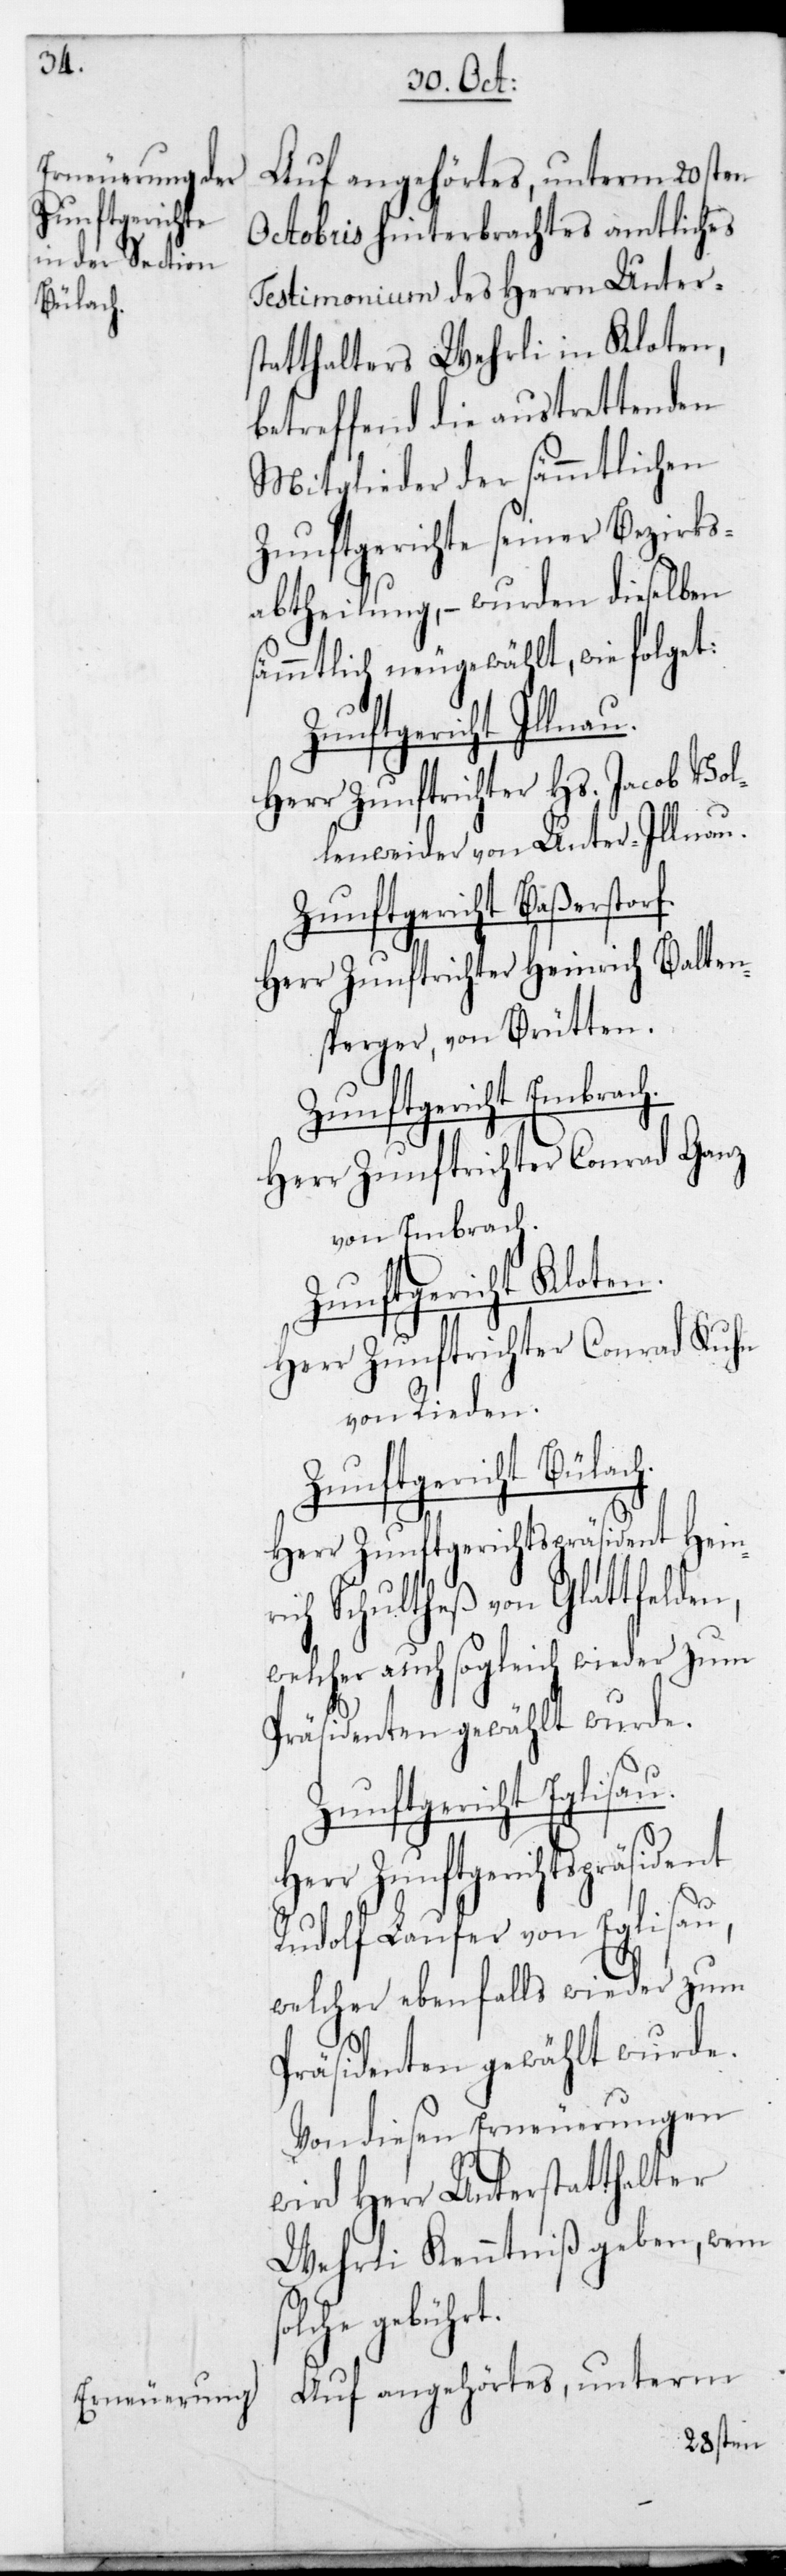
Zunftgericht
Bülach.

Auf angehörtes, unterm 20sten
Octobris hinterbrachtes amtliches
Testimonium des Herrn Unters¬
tatthalters Wehrli in Kloten,
betreffend die austrettenden
Mitglieder der sämmtlichen
Zunftgerichte seiner Bezirks¬
abtheilung, – wurden dieselben
sämmtlich neu gewählt, wie folget:
Herr Zunftrichter Hs. Jacob Vol¬
lenweider von Unter-Illnau.
Zunftgericht Baßerstorf.
Herr Zunftrichter Heinrich Balten¬
sperger, von Bütten.
Zunftgericht Embrach.
Herr Zunftrichter Conrad Ganz
von Embrach.
Zunftgericht Kloten.
Herr Zunftrichter Conrad Kuhn
von Rieden.
Herr Zunftgerichts-Präsident
ich Schultheß von Glattfelden,
welcher auch sogleich wieder
Präsidenten gewählt wurde.
Zunftgericht Eglisau.
Rudolf Laufer von Eglisau,
welcher ebenfalls wieder zum
Präsidenten gewählt wurde.
Von diesen Erneuerungen
wird Herr Unterstatthalter
Wehrli Kenntniß geben, wem
gebührt.
Auf angehörtes, unterm